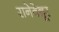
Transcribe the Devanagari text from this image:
रानेवेन्नूर